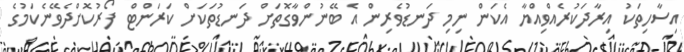
އިސާހިތަކު އިރާދަކުރެއްވިއްޔާ އެކަން ނިމި ދަނޑުވެރިން އެ ބޭނުންވާގޮތަށް ދަނޑުތަކަށް ކަރަންޓް ފޯރުކޮށްދެވޭނެކަމުގެ